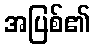
အပြစ်၏